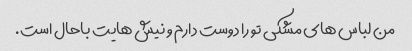
من لباس های مشکی تو را دوست دارم و نیش هایت باحال است.